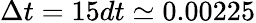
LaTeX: \Delta t=15dt\simeq 0.00225